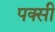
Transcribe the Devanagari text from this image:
पक्सी